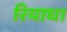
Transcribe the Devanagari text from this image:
रियाध।